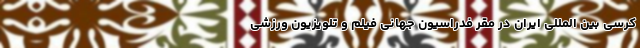
کرسی بین المللی ایران در مقر فدراسیون جهانی فیلم و تلویزیون ورزشی